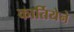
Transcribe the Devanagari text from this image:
कार्तियेने